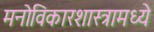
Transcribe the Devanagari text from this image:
मनोविकारशास्त्रामध्ये